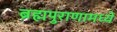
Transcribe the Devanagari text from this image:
ब्रह्मपुराणामध्ये